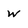
Character: w